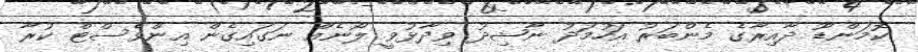
ކޮމަންޑޫ ދާއިރާގެ މެންބަރު އަހުމަދު ނާޝިދު ވިދާޅުވީ ލޯނެއް ނަގައިގެން އިންވެސްޓް ކުރާ